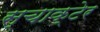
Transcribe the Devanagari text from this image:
स्चाक्टेर